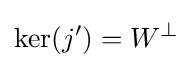
\ker(j')=W^{\perp }